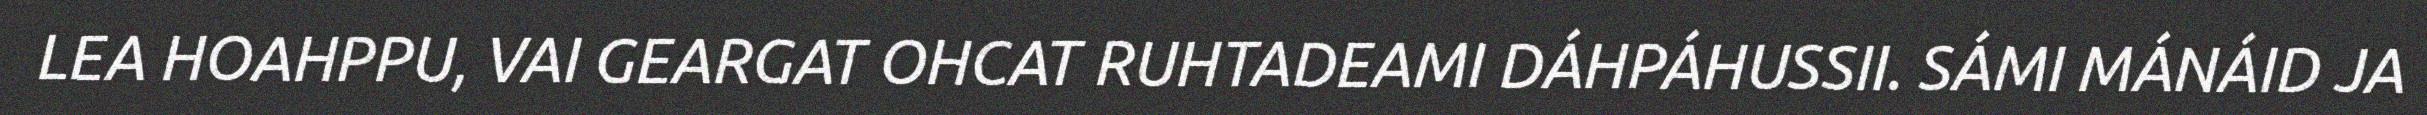
LEA HOAHPPU, VAI GEARGAT OHCAT RUHTADEAMI DÁHPÁHUSSII. SÁMI MÁNÁID JA